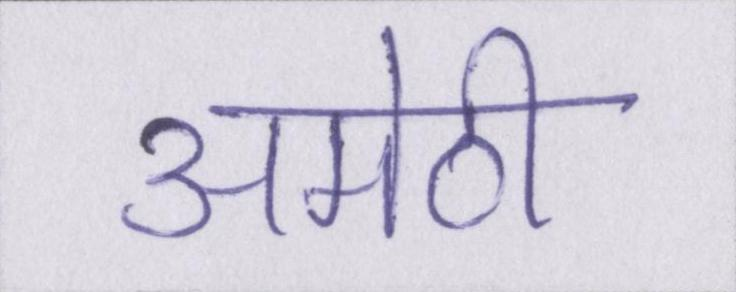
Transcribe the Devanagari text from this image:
अमेठी